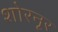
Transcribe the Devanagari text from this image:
शोरनूर